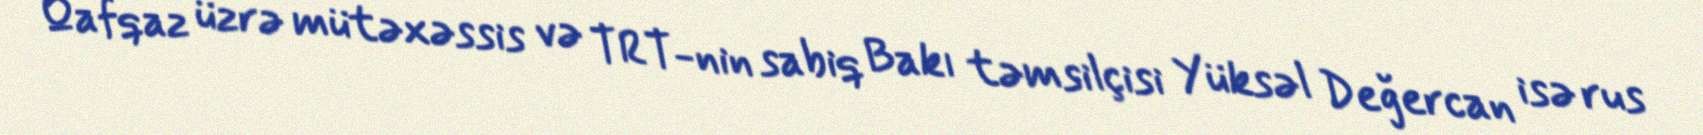
Qafqaz üzrə mütəxəssis və TRT-nin sabiq Bakı təmsilçisi Yüksəl Değercan isə rus